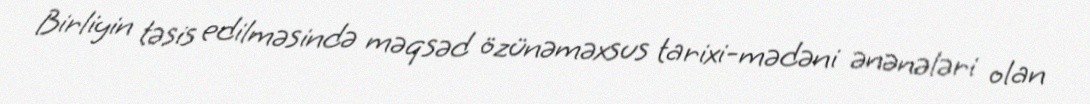
Birliyin təsis edilməsində məqsəd özünəməxsus tarixi-mədəni ənənələri olan